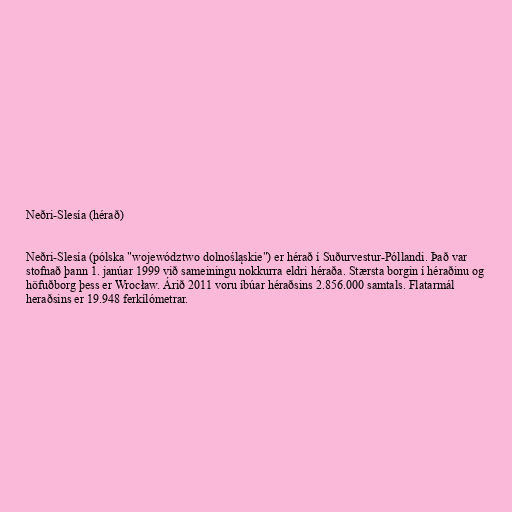
Neðri-Slesía (hérað)

Neðri-Slesía (pólska "województwo dolnośląskie") er hérað í Suðurvestur-Póllandi. Það var
stofnað þann 1. janúar 1999 við sameiningu nokkurra eldri héraða. Stærsta borgin í héraðinu og
höfuðborg þess er Wrocław. Árið 2011 voru íbúar héraðsins 2.856.000 samtals. Flatarmál
heraðsins er 19.948 ferkílómetrar.